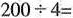
$$200\div4=$$